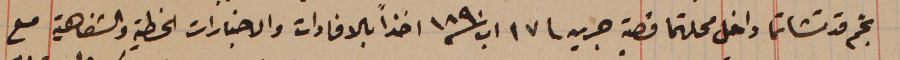
نجم قد تشاتما داخل محلتهما قصبة جزين فى ١٧ اب سنة ١٨٩٠ أخذاً بالافادات والاخبارات الخطية والشفاهية مع